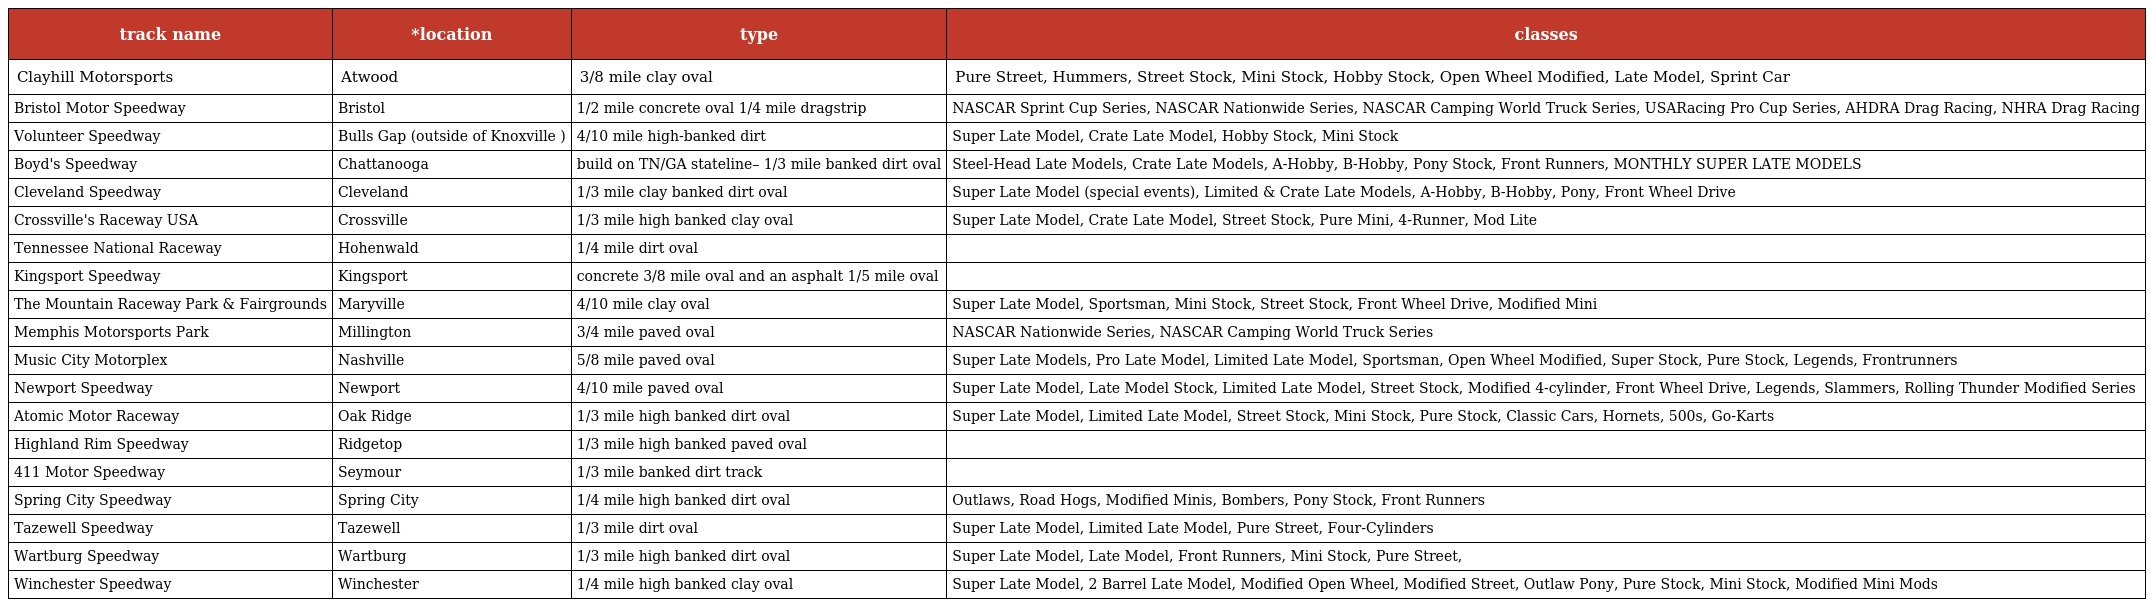
| track name | *location | type | classes |
 | --- | --- | --- | --- |
 | Clayhill Motorsports | Atwood | 3/8 mile clay oval | Pure Street, Hummers, Street Stock, Mini Stock, Hobby Stock, Open Wheel Modified, Late Model, Sprint Car |
 | Bristol Motor Speedway | Bristol | 1/2 mile concrete oval 1/4 mile dragstrip | NASCAR Sprint Cup Series, NASCAR Nationwide Series, NASCAR Camping World Truck Series, USARacing Pro Cup Series, AHDRA Drag Racing, NHRA Drag Racing |
 | Volunteer Speedway | Bulls Gap (outside of Knoxville ) | 4/10 mile high-banked dirt | Super Late Model, Crate Late Model, Hobby Stock, Mini Stock |
 | Boyd's Speedway | Chattanooga | build on TN/GA stateline– 1/3 mile banked dirt oval | Steel-Head Late Models, Crate Late Models, A-Hobby, B-Hobby, Pony Stock, Front Runners, MONTHLY SUPER LATE MODELS |
 | Cleveland Speedway | Cleveland | 1/3 mile clay banked dirt oval | Super Late Model (special events), Limited & Crate Late Models, A-Hobby, B-Hobby, Pony, Front Wheel Drive |
 | Crossville's Raceway USA | Crossville | 1/3 mile high banked clay oval | Super Late Model, Crate Late Model, Street Stock, Pure Mini, 4-Runner, Mod Lite |
 | Tennessee National Raceway | Hohenwald | 1/4 mile dirt oval |  |
 | Kingsport Speedway | Kingsport | concrete 3/8 mile oval and an asphalt 1/5 mile oval |  |
 | The Mountain Raceway Park & Fairgrounds | Maryville | 4/10 mile clay oval | Super Late Model, Sportsman, Mini Stock, Street Stock, Front Wheel Drive, Modified Mini |
 | Memphis Motorsports Park | Millington | 3/4 mile paved oval | NASCAR Nationwide Series, NASCAR Camping World Truck Series |
 | Music City Motorplex | Nashville | 5/8 mile paved oval | Super Late Models, Pro Late Model, Limited Late Model, Sportsman, Open Wheel Modified, Super Stock, Pure Stock, Legends, Frontrunners |
 | Newport Speedway | Newport | 4/10 mile paved oval | Super Late Model, Late Model Stock, Limited Late Model, Street Stock, Modified 4-cylinder, Front Wheel Drive, Legends, Slammers, Rolling Thunder Modified Series |
 | Atomic Motor Raceway | Oak Ridge | 1/3 mile high banked dirt oval | Super Late Model, Limited Late Model, Street Stock, Mini Stock, Pure Stock, Classic Cars, Hornets, 500s, Go-Karts |
 | Highland Rim Speedway | Ridgetop | 1/3 mile high banked paved oval |  |
 | 411 Motor Speedway | Seymour | 1/3 mile banked dirt track |  |
 | Spring City Speedway | Spring City | 1/4 mile high banked dirt oval | Outlaws, Road Hogs, Modified Minis, Bombers, Pony Stock, Front Runners |
 | Tazewell Speedway | Tazewell | 1/3 mile dirt oval | Super Late Model, Limited Late Model, Pure Street, Four-Cylinders |
 | Wartburg Speedway | Wartburg | 1/3 mile high banked dirt oval | Super Late Model, Late Model, Front Runners, Mini Stock, Pure Street, |
 | Winchester Speedway | Winchester | 1/4 mile high banked clay oval | Super Late Model, 2 Barrel Late Model, Modified Open Wheel, Modified Street, Outlaw Pony, Pure Stock, Mini Stock, Modified Mini Mods |